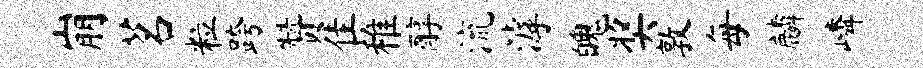
崩茗粒跨赞隹稚醇流滹魄奖敦每麟嶙